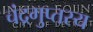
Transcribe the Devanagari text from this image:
चंद्रगुप्तस्य